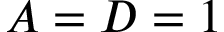
A = D = 1